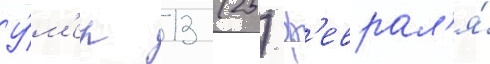
У́м'ер 13 (25) ф'еврал'я́